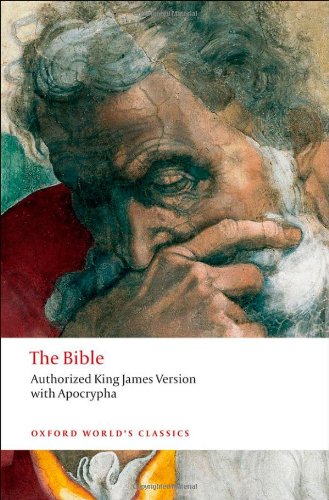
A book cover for The Bible: Authorized King James Version (Oxford World's Classics); Christian Books & Bibles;